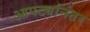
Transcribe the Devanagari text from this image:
आपट्यांनंतर